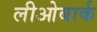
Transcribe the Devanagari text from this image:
लीओबार्क